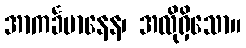
အာကင်္ခမာနေန၊ အလိုရှိသော။